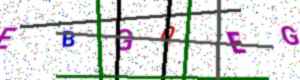
Text: EBGQEG